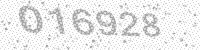
Solution: 016928